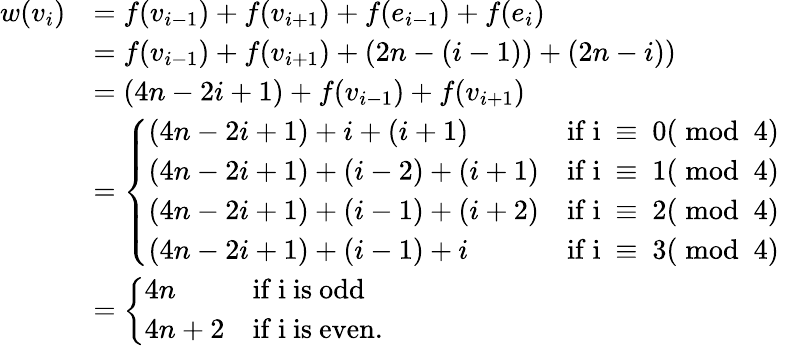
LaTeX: \begin{array}{rl}{w(v_{i})}&{=f(v_{i-1})+f(v_{i+1})+f(e_{i-1})+f(e_{i})}\\ &{=f(v_{i-1})+f(v_{i+1})+(2n-(i-1))+(2n-i))}\\ &{=(4n-2i+1)+f(v_{i-1})+f(v_{i+1})}\\ &{=\left\{ \begin{array}{ll}{(4n-2i+1)+i+(i+1)}&{\mathrm{if~i~\equiv~0(\bmod~4)~}}\\ {(4n-2i+1)+(i-2)+(i+1)}&{\mathrm{if~i~\equiv~1(\bmod~4)~}}\\ {(4n-2i+1)+(i-1)+(i+2)}&{\mathrm{if~i~\equiv~2(\bmod~4)~}}\\ {(4n-2i+1)+(i-1)+i}&{\mathrm{if~i~\equiv~3(\bmod~4)~}}\end{array}\right.}\\ &{=\left\{ \begin{array}{ll}{4n}&{\mathrm{if~i~is~odd}}\\ {4n+2}&{\mathrm{if~i~is~even}.}\end{array}\right.}\end{array}